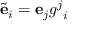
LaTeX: { \tilde { \mathbf { e } } } _ { i } = \mathbf { e } _ { j } { g ^ { j } } _ { i }